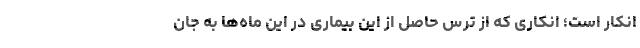
انکار است؛ انکاری که از ترس حاصل از این بیماری در این ماه‌ها به جان